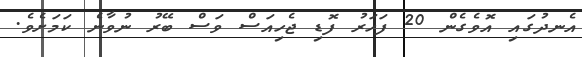
އެނދުގައި އޮވެގެން 20 ފަހަރު ފޮޑި ޖެހިއަސް ވަސް ބޭރު ނުވާނެ ކަމަށެވެ.